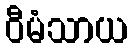
ဝီမံသာယ